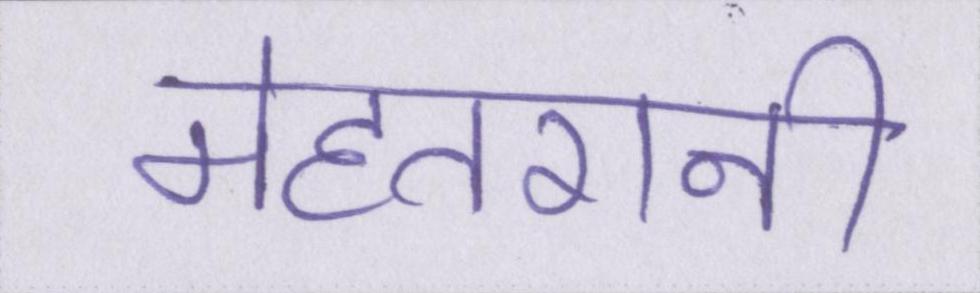
मेहतरानी